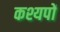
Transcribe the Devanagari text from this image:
कश्यपों